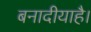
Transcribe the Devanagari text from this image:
बनादीयाहै।